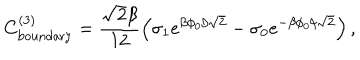
C _ { \mathrm { b o u n d a r y } } ^ { ( 3 ) } = \frac { \sqrt { 2 } \beta } { 1 2 } \left( \sigma _ { 1 } e ^ { \beta \phi _ { 0 } / \sqrt { 2 } } - \sigma _ { 0 } e ^ { - \beta \phi _ { 0 } / \sqrt { 2 } } \right) ,